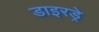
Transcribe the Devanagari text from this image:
डाइरड्रे